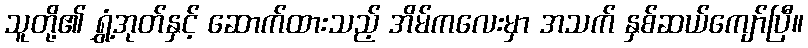
သူတို့၏ ရွှံ့အုတ်နှင့် ဆောက်ထားသည့် အိမ်ကလေးမှာ အသက် နှစ်ဆယ်ကျော်ပြီ။